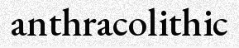
anthracolithic